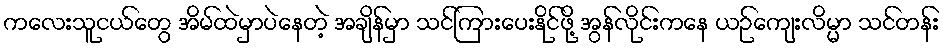
ကလေးသူငယ်တွေ အိမ်ထဲမှာပဲနေတဲ့ အချိန်မှာ သင်ကြားပေးနိုင်ဖို့ အွန်လိုင်းကနေ ယဉ်ကျေးလိမ္မာ သင်တန်း